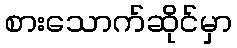
စားသောက်ဆိုင်မှာ